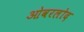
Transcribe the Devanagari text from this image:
ओवरलोद